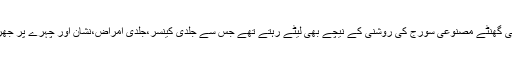
وسیم اکرم کی اہلیہ کا کہنا تھا کہ ہم کئی گھنٹے مصنوعی سورج کی روشنی کے نیچے بھی لیٹے رہتے تھے جس سے جلدی کینسر،جلدی امراض،نشان اور چہرے پر جھریوں کے نشان پڑنے کا خدشہ ہوتا تھا۔